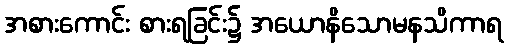
အစားကောင်း စားရခြင်း၌ အယောနိသောမနသိကာရ